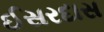
ઈસરદાસ